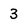
Character: 3